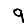
Digit: 9